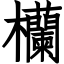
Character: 欗